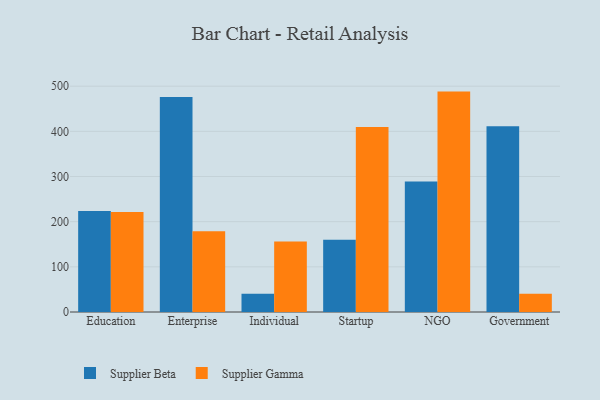
{"axis": {"x": "Segment", "y": "Website Visitors"}, "legend": ["Supplier Beta", "Supplier Gamma"], "data": [{"x": "Education", "y": 223.8, "type": "Supplier Beta"}, {"x": "Education", "y": 221.3, "type": "Supplier Gamma"}, {"x": "Enterprise", "y": 476.2, "type": "Supplier Beta"}, {"x": "Enterprise", "y": 179.0, "type": "Supplier Gamma"}, {"x": "Individual", "y": 40.4, "type": "Supplier Beta"}, {"x": "Individual", "y": 155.9, "type": "Supplier Gamma"}, {"x": "Startup", "y": 160.1, "type": "Supplier Beta"}, {"x": "Startup", "y": 409.4, "type": "Supplier Gamma"}, {"x": "NGO", "y": 288.7, "type": "Supplier Beta"}, {"x": "NGO", "y": 488.0, "type": "Supplier Gamma"}, {"x": "Government", "y": 411.5, "type": "Supplier Beta"}, {"x": "Government", "y": 40.3, "type": "Supplier Gamma"}]}